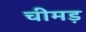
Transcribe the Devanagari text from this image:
चीमड़